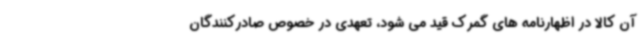
آن کالا در اظهارنامه های گمرک قید می شود، تعهدی در خصوص صادرکنندگان